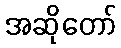
အဆိုတော်